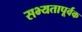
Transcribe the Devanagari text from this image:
सभ्यतापूर्वक